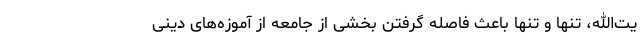
یت‌الله، تنها و تنها باعث فاصله گرفتن بخشی از جامعه از آموزه‌های دینی